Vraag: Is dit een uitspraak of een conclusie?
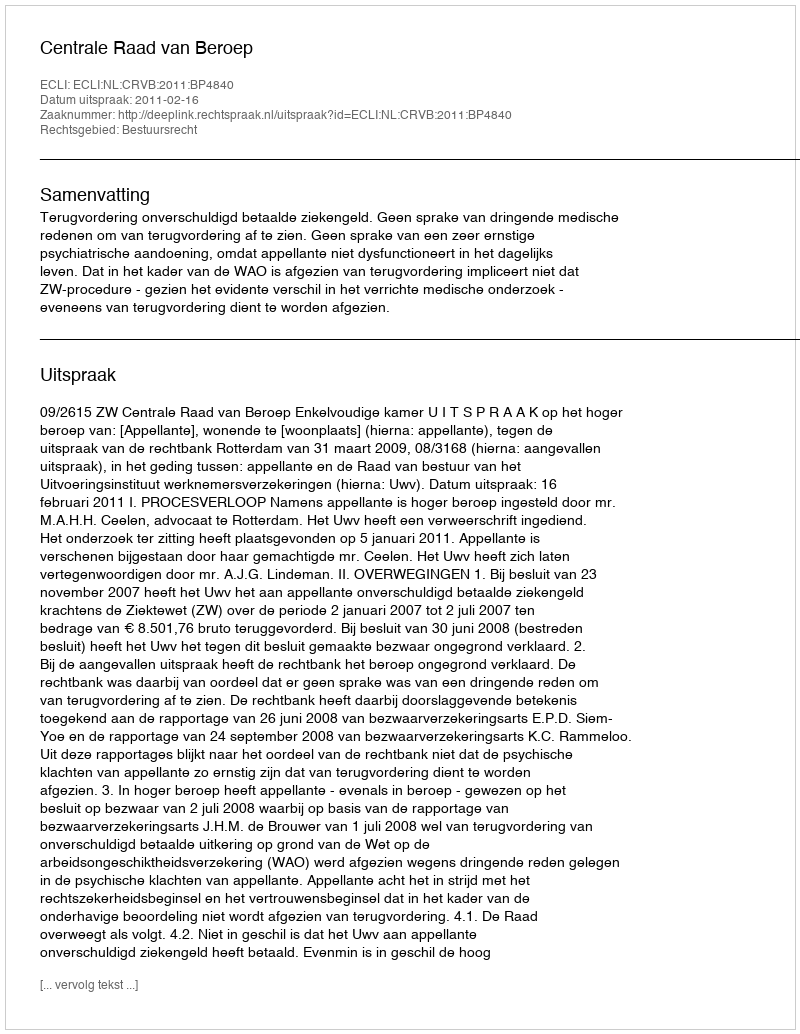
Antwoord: Uitspraak